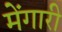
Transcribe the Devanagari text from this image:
मेंगारी